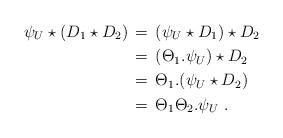
LaTeX: \begin{align*}\psi_U \star (D_1 \star D_2) &\,=\, (\psi_U \star D_1) \star D_2\\&\,=\, (\Theta_1.\psi_U) \star D_2\\&\,=\, \Theta_1.(\psi_U \star D_2)\\&\,=\, \Theta_1\Theta_2.\psi_U \ .\end{align*}